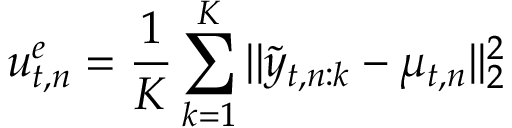
u _ { t , n } ^ { e } = \frac { 1 } { K } \sum _ { k = 1 } ^ { K } | | { \tilde { y } _ { t , n : k } - \mu _ { t , n } } | | _ { 2 } ^ { 2 }